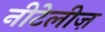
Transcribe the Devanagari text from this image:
नीटेलीज़